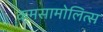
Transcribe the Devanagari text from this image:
कमसामोलित्स